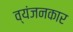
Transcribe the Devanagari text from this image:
व्यंजनकार